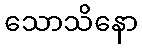
သောသိနော